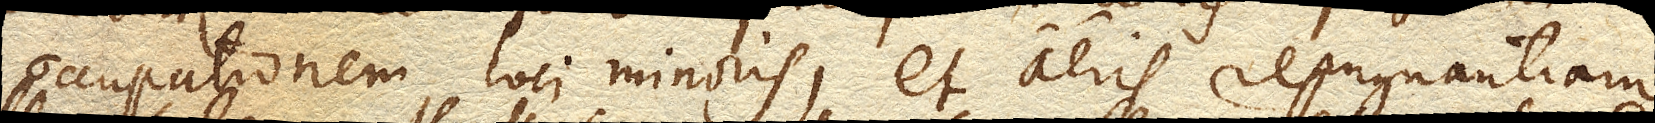
occupationem loci minoris, et aeris repugnantiam